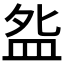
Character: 𰤸